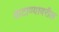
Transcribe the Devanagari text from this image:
वाटाण्यावरील